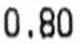
0.80